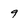
Character: 9